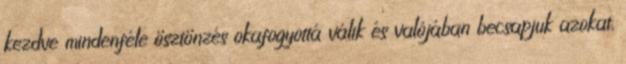
kezdve mindenféle ösztönzés okafogyottá válik és valójában becsapjuk azokat,